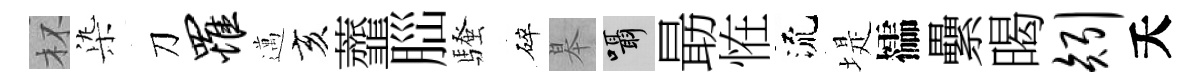
杯𣑱刀罹邁亥虀𦛁騷碎皋囁朂恠流堤櫺纍暍矧夭